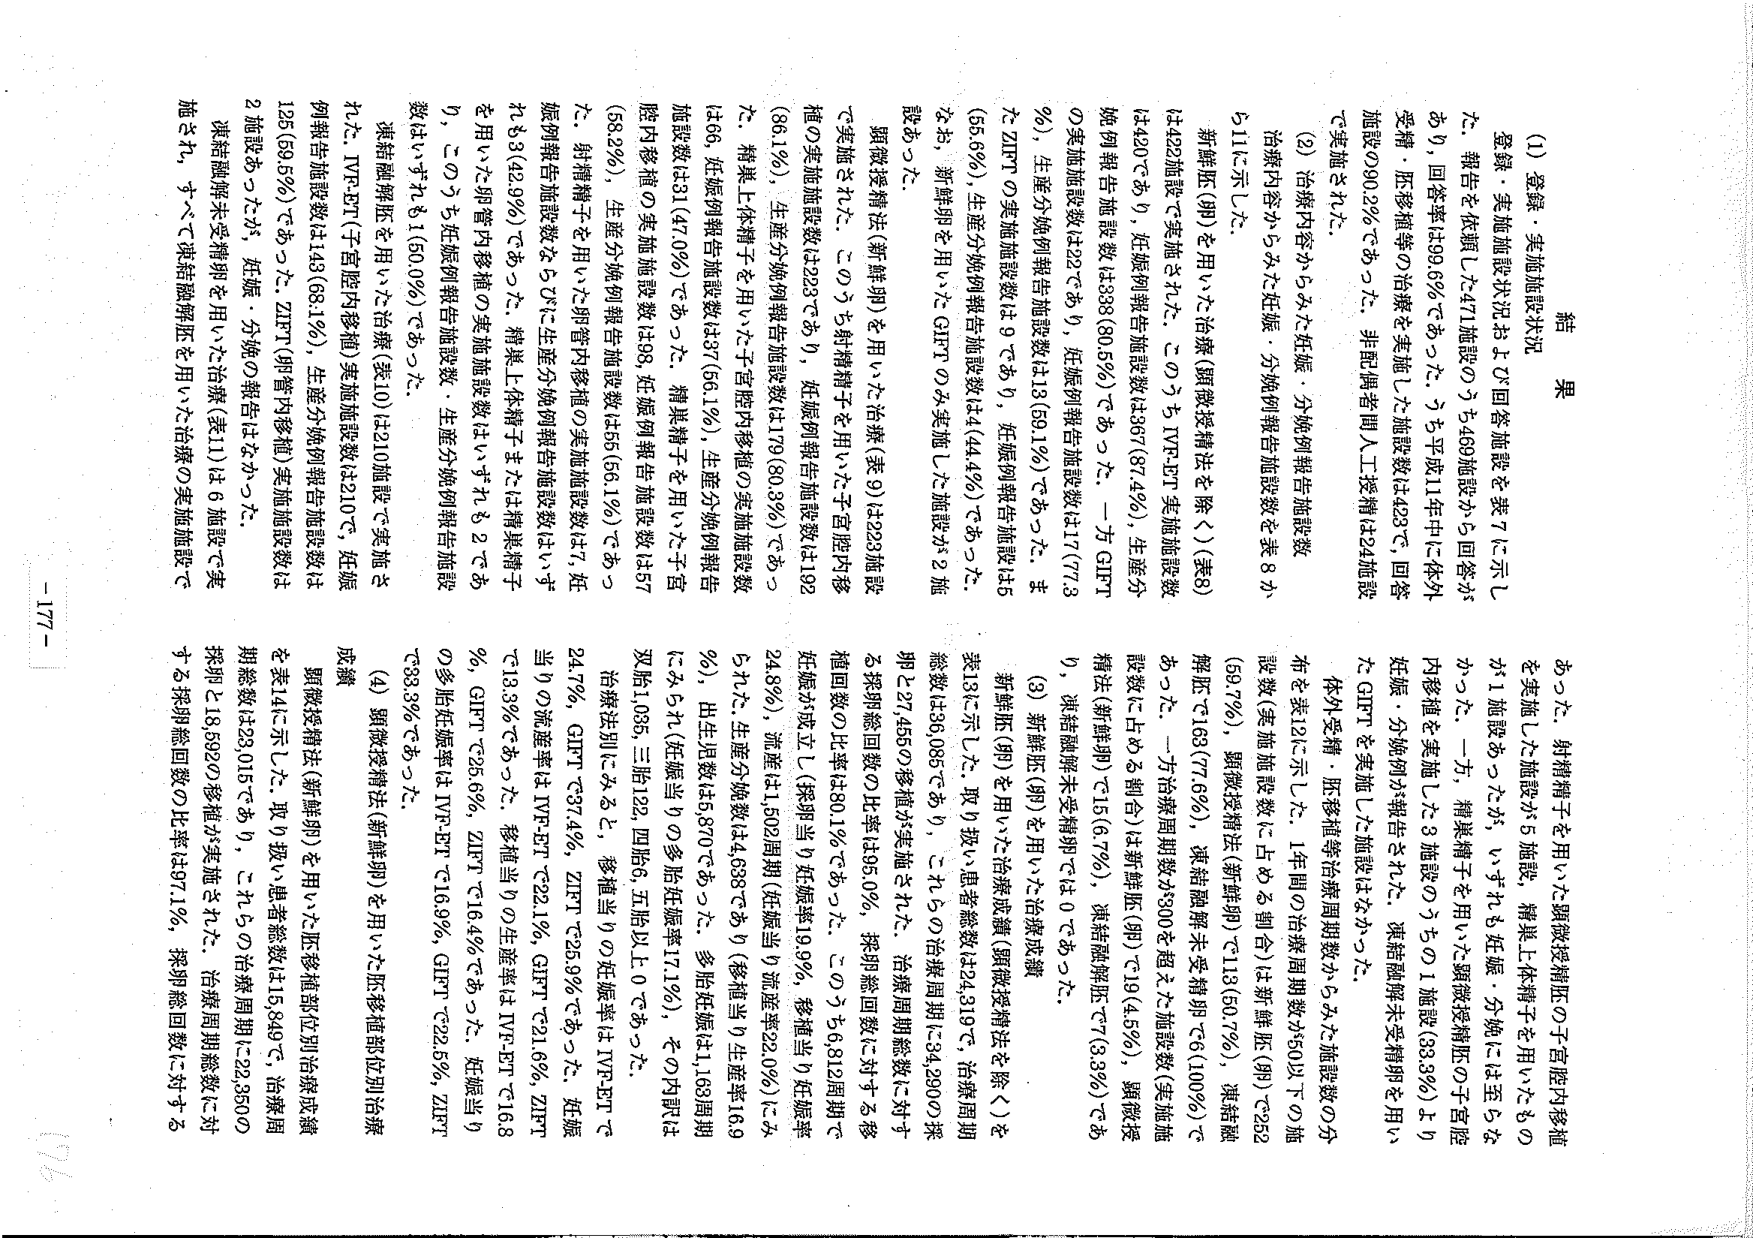
結果

(1) 登録・実施施設状況および回答施設を表7に示した。報告を依頼した471施設のうち469施設から回答があり、回答率は99.6%であった。うち平成11年中に体外受精・胚移植等の治療を実施した施設数は423で、回答施設の90.2%であった。非配偶者間人工授精は24施設で実施された。

(2) 治療内容からみた妊娠・分娩例報告施設数
治療内容からみた妊娠・分娩例報告施設数を表8から11に示した。

新鮮胚（卵）を用いた治療（顕微授精法を除く）（表8）
は422施設で実施された。このうちIVF-ET実施施設数は420であり、妊娠例報告施設数は367（87.4%）、生産分娩例報告施設数は338（80.5%）であった。一方GIFTの実施施設数は22であり、妊娠例報告施設数は17（77.3%）、生産分娩例報告施設数は13（59.1%）であった。またZIFTの実施施設数は9であり、妊娠例報告施設数は5（55.6%）、生産分娩例報告施設数は4（44.4%）であった。なお、新鮮卵を用いたGIFTのみ実施した施設が2施設あった。

顕微授精法（新鮮卵）を用いた治療（表9）は223施設で実施された。このうち射精精子を用いた子宮腔内移植の実施施設数は223であり、妊娠例報告施設数は192（86.1%）、生産分娩例報告施設数は179（80.3%）であった。精巣上体精子を用いた子宮腔内移植の実施施設数は66、妊娠例報告施設数は37（56.1%）、生産分娩例報告施設数は31（47.0%）であった。精巣精子を用いた子宮腔内移植の実施施設数は98、妊娠例報告施設数は57（58.2%）、生産分娩例報告施設数は55（56.1%）であった。射精精子を用いた卵管内移植の実施施設数は7、妊娠例報告施設数を5（71.4%）生産分娩例報告施設数はいずれも3（42.9%）であった。精巣上体精子または精巣精子を用いた卵管内移植の実施施設数はいずれも2であり、このうち妊娠例報告施設数・生産分娩例報告施設数はいずれも1（50.0%）であった。

凍結融解胚を用いた治療（表10）は210施設で実施された。IVF-ET（子宮腔内移植）実施施設数は210で、妊娠例報告施設数は143（68.1%）、生産分娩例報告施設数は125（59.5%）であった。ZIFT（卵管内移植）実施施設数は2施設あったが、妊娠・分娩の報告はなかった。

凍結融解未受精卵を用いた治療（表11）は6施設で実施され、すべて凍結融解胚を用いた治療の実施施設であった。射精精子を用いた顕微授精法の子宮腔内移植を実施した施設が5施設、精巣上体精子を用いたものが1施設あったが、いずれも妊娠・分娩には至らなかった。一方、精巣精子を用いた顕微授精法の子宮腔内移植を実施した3施設のうちの1施設（33.3%）より妊娠・分娩例が報告された。凍結融解未受精卵を用いたGIFTを実施した施設はなかった。

体外受精・胚移植等治療周期数からみた施設数の分布を表12に示した。1年間の治療周期数が50以下の施設数（実施施設数に占める割合）は新鮮胚（卵）で282（69.7%）、顕微授精法（新鮮卵）で113（50.7%）、凍結融解胚で163（77.6%）、凍結融解未受精卵で6（100%）であった。一方治療周期数が300を超えた施設数（実施施設数に占める割合）は新鮮胚（卵）で19（4.5%）、顕微授精法（新鮮卵）で15（6.7%）、凍結融解胚で7（3.3%）であり、凍結融解未受精卵では0であった。

(3) 新鮮胚（卵）を用いた治療成績
新鮮胚（卵）を用いた治療成績（顕微授精法を除く）を表13に示した。取り扱い患者総数は22,319で、治療周期総数は36,088であり、これらの治療周期に34,290の採卵と27,455の移植が実施された。治療周期総数に対する移植回数の比率は80.1%であった。このうち81.2周期で妊娠が成立し（採卵当り妊娠率19.9%、移植当り妊娠率24.8%）、流産は1,302周期（妊娠当り流産率22.0%）にみられた。生産分娩数は4,638であり（移植当り生産率16.9%）、出生児数は5,870であった。多胎妊娠は1,163周期にみられ（妊娠当りの多胎妊娠率17.1%）、その内訳は双胎1,085、三胎122、四胎6、五胎以上0であった。

治療法別にみると、移植当りの妊娠率はIVF-ETで24.7%、GIFTで37.4%、ZIFTで25.9%であった。妊娠当りの流産率はIVF-ETで22.1%、GIFTで21.6%、ZIFTで13.3%であった。移植当りの生産率はIVF-ETで16.8%、GIFTで25.6%、ZIFTで16.4%であった。妊娠当りの多胎妊娠率はIVF-ETで16.9%、GIFTで22.5%、ZIFTで33.3%であった。

(4) 顕微授精法（新鮮卵）を用いた胚移植部位別治療成績
顕微授精法（新鮮卵）を用いた胚移植部位別治療成績を表14に示した。取り扱い患者総数は15,849で、治療周期総数は23,015であり、これらの治療周期に22,350の採卵と18,592の移植が実施された。治療周期総数に対する採卵総回数の比率は97.1%、採卵総回数に対する

- 177 -